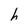
Character: h